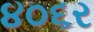
૪૦૬ર